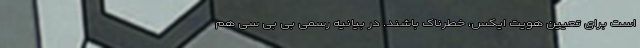
است برای تعیین هویت ایکس، خطرناک باشند. در بیانیه رسمی بی بی سی هم